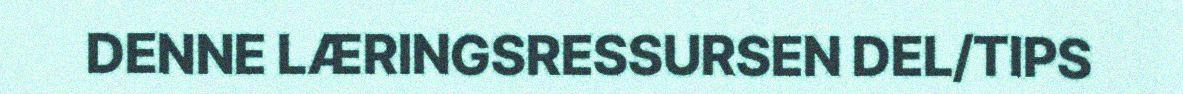
DENNE LÆRINGSRESSURSEN DEL/TIPS